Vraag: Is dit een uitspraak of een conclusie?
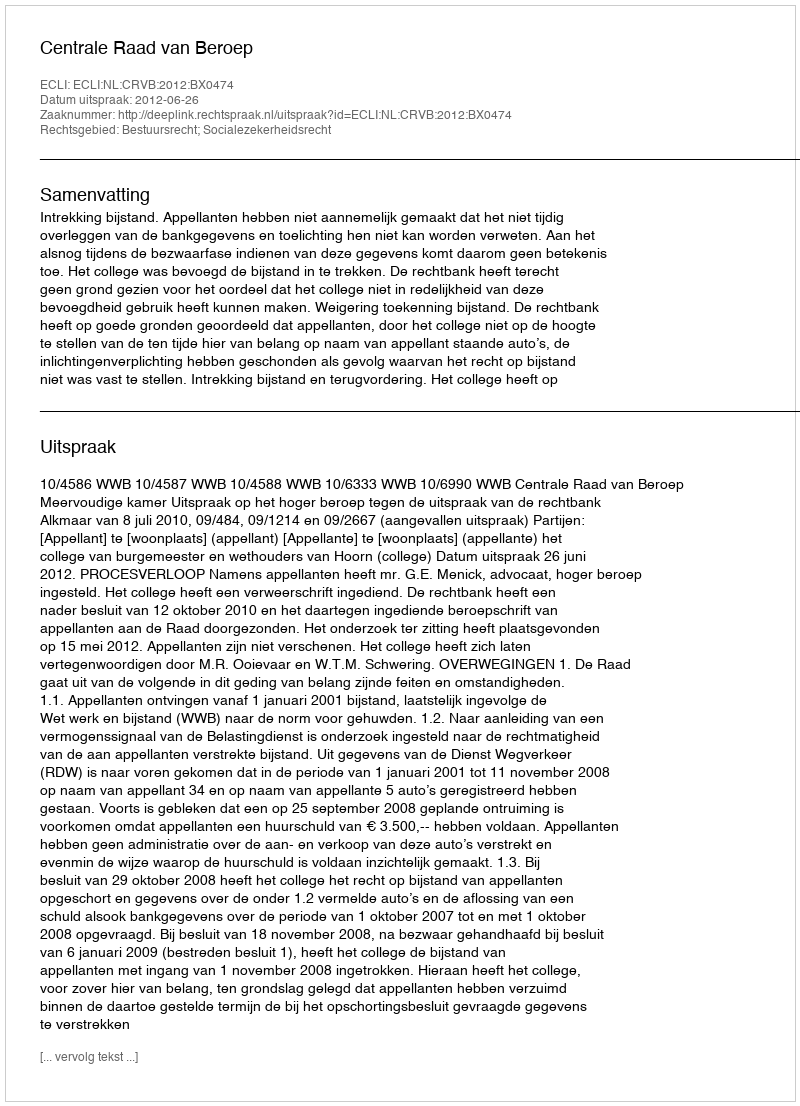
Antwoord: Uitspraak